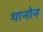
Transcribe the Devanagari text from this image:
थानोन